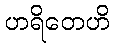
ဟရိတေဟိ